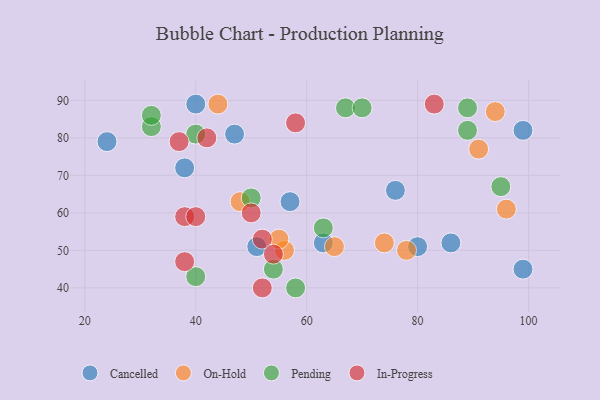
{"axis": {"x": "GDP", "y": "Life Expectancy"}, "legend": ["Cancelled", "In-Progress", "On-Hold", "Pending"], "data": [{"x": "86", "y": 52, "type": "Cancelled"}, {"x": "99", "y": 45, "type": "Cancelled"}, {"x": "40", "y": 89, "type": "Cancelled"}, {"x": "63", "y": 52, "type": "Cancelled"}, {"x": "47", "y": 81, "type": "Cancelled"}, {"x": "57", "y": 63, "type": "Cancelled"}, {"x": "99", "y": 82, "type": "Cancelled"}, {"x": "38", "y": 72, "type": "Cancelled"}, {"x": "24", "y": 79, "type": "Cancelled"}, {"x": "76", "y": 66, "type": "Cancelled"}, {"x": "51", "y": 51, "type": "Cancelled"}, {"x": "80", "y": 51, "type": "Cancelled"}, {"x": "56", "y": 50, "type": "On-Hold"}, {"x": "65", "y": 51, "type": "On-Hold"}, {"x": "96", "y": 61, "type": "On-Hold"}, {"x": "48", "y": 63, "type": "On-Hold"}, {"x": "44", "y": 89, "type": "On-Hold"}, {"x": "74", "y": 52, "type": "On-Hold"}, {"x": "78", "y": 50, "type": "On-Hold"}, {"x": "91", "y": 77, "type": "On-Hold"}, {"x": "94", "y": 87, "type": "On-Hold"}, {"x": "55", "y": 53, "type": "On-Hold"}, {"x": "54", "y": 45, "type": "Pending"}, {"x": "32", "y": 83, "type": "Pending"}, {"x": "40", "y": 81, "type": "Pending"}, {"x": "67", "y": 88, "type": "Pending"}, {"x": "58", "y": 40, "type": "Pending"}, {"x": "89", "y": 82, "type": "Pending"}, {"x": "89", "y": 88, "type": "Pending"}, {"x": "40", "y": 43, "type": "Pending"}, {"x": "32", "y": 86, "type": "Pending"}, {"x": "50", "y": 64, "type": "Pending"}, {"x": "63", "y": 56, "type": "Pending"}, {"x": "95", "y": 67, "type": "Pending"}, {"x": "70", "y": 88, "type": "Pending"}, {"x": "50", "y": 60, "type": "In-Progress"}, {"x": "38", "y": 47, "type": "In-Progress"}, {"x": "58", "y": 84, "type": "In-Progress"}, {"x": "52", "y": 53, "type": "In-Progress"}, {"x": "52", "y": 40, "type": "In-Progress"}, {"x": "83", "y": 89, "type": "In-Progress"}, {"x": "38", "y": 59, "type": "In-Progress"}, {"x": "40", "y": 59, "type": "In-Progress"}, {"x": "54", "y": 49, "type": "In-Progress"}, {"x": "42", "y": 80, "type": "In-Progress"}, {"x": "37", "y": 79, "type": "In-Progress"}]}